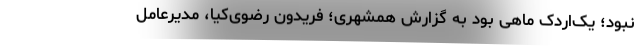
نبود؛ یک‌اردک ماهی بود به گزارش همشهری؛ فریدون رضوی‌کیا، مدیرعامل